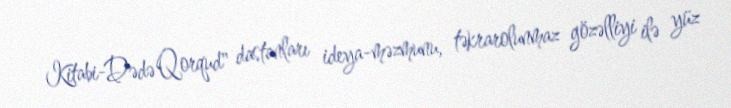
Kitabi-Dədə Qorqud" dastanları ideya-məzmunu, təkrarolunmaz gözəlliyi ilə yüz